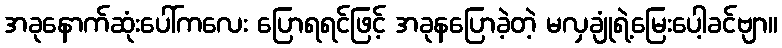
အခုနောက်ဆုံးပေါ်ကလေး ပြောရရင်ဖြင့် အခုနပြောခဲ့တဲ့ မလှချုံရဲ့မြေးပေါ့ခင်ဗျာ။